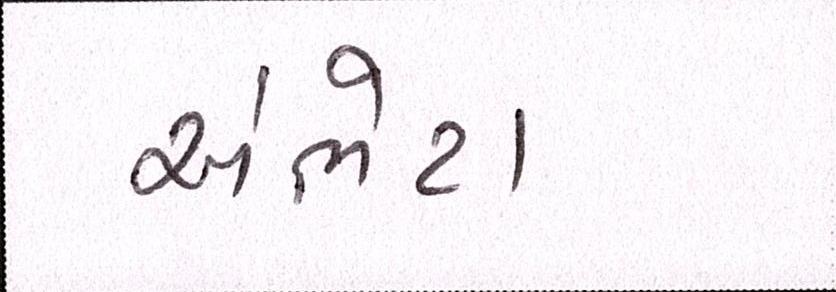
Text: અંભેટા